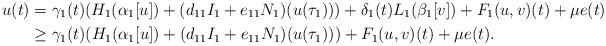
LaTeX: \begin{align*} u(t)&=\gamma_1(t)(H_1(\alpha_1[u])+(d_{11}I_1+e_{11}N_1)(u(\tau_1)))+\delta_1(t)L_1(\beta_1[v])+ F_1(u,v)(t)+\mu e(t)\\&\geq \gamma_1(t)(H_1(\alpha_1[u])+(d_{11}I_1+e_{11}N_1)(u(\tau_1)))+ F_1(u,v)(t)+\mu e(t).\end{align*}